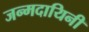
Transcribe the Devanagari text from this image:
जन्मदायिनी